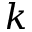
k